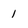
Character: 1